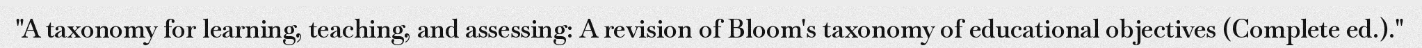
"A taxonomy for learning, teaching, and assessing: A revision of Bloom's taxonomy of educational objectives (Complete ed.)."